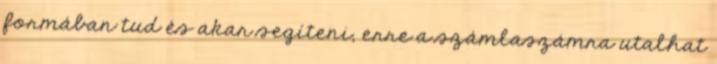
formában tud és akar segíteni, erre a számlaszámra utalhat